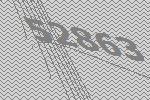
52863